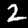
Label: 2